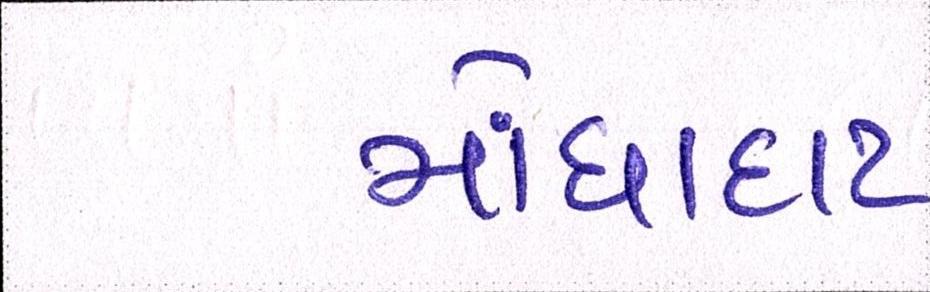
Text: મોંઘાદાટ